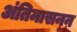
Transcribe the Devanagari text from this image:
अंतिमासन्ऩ